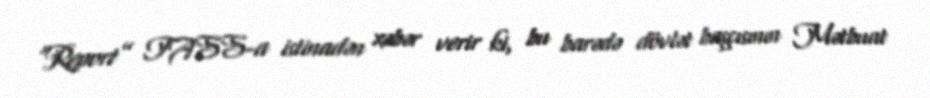
“Report” TASS-a istinadən xəbər verir ki, bu barədə dövlət başçısının Mətbuat